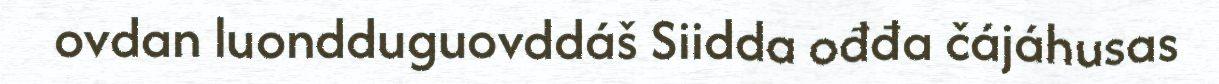
ovdan luondduguovddáš Siidda ođđa čájáhusas